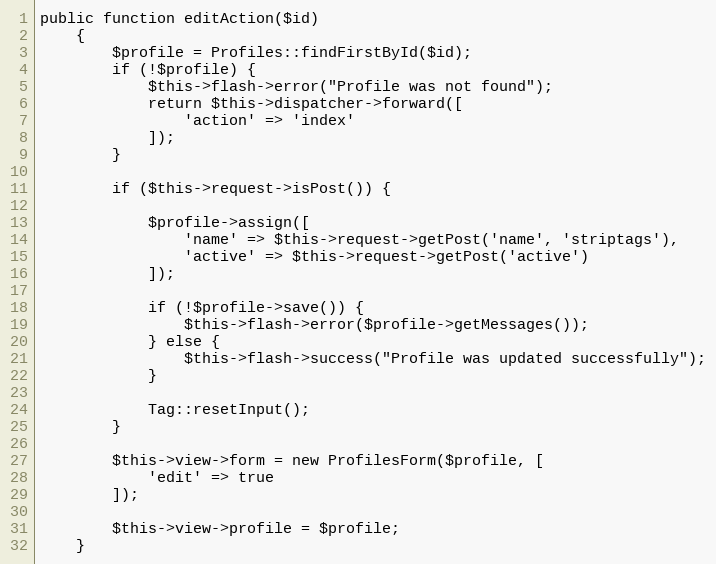
Language: PHP
public function editAction($id)
    {
        $profile = Profiles::findFirstById($id);
        if (!$profile) {
            $this->flash->error("Profile was not found");
            return $this->dispatcher->forward([
                'action' => 'index'
            ]);
        }

        if ($this->request->isPost()) {

            $profile->assign([
                'name' => $this->request->getPost('name', 'striptags'),
                'active' => $this->request->getPost('active')
            ]);

            if (!$profile->save()) {
                $this->flash->error($profile->getMessages());
            } else {
                $this->flash->success("Profile was updated successfully");
            }

            Tag::resetInput();
        }

        $this->view->form = new ProfilesForm($profile, [
            'edit' => true
        ]);

        $this->view->profile = $profile;
    }